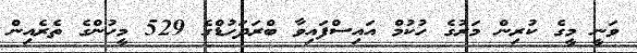
ވަނީ މީގެ ކުރިން މަރުގެ ހުކުމް އައިސްފައިވާ ބްރަދަހުޑްގެ 529 މީހުންގެ ތެރެއިން